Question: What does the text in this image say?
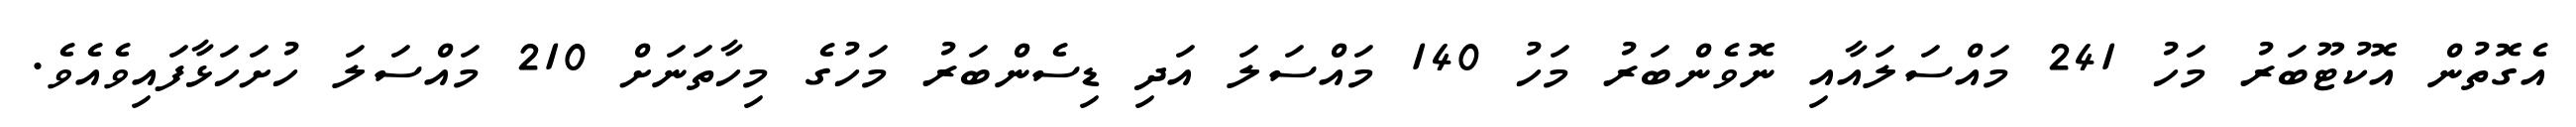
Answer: އެގޮތުން އޮކުޓޫބަރު މަހު 241 މައްސަލައާއި ނޮވެންބަރު މަހު 140 މައްސަލަ އަދި ޑިސެންބަރު މަހުގެ މިހާތަނަށް 210 މައްސަލަ ހުށަހަޅާފައިވެއެވެ.